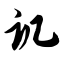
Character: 讥